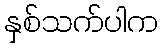
နှစ်သက်ပါက